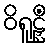
ဝိရူဠှိံ